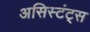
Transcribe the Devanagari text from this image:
असिस्टंट्स